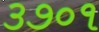
૩૭૦૧